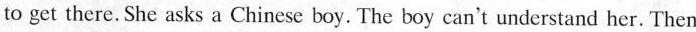
to get there. She asks a Chinese boy. The boy can't understand her. Then